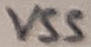
Text: VSS